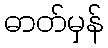
ဓာတ်မှန်